Vaccination in Bombay 1902-1912 - 1902-1912
Year: 1902
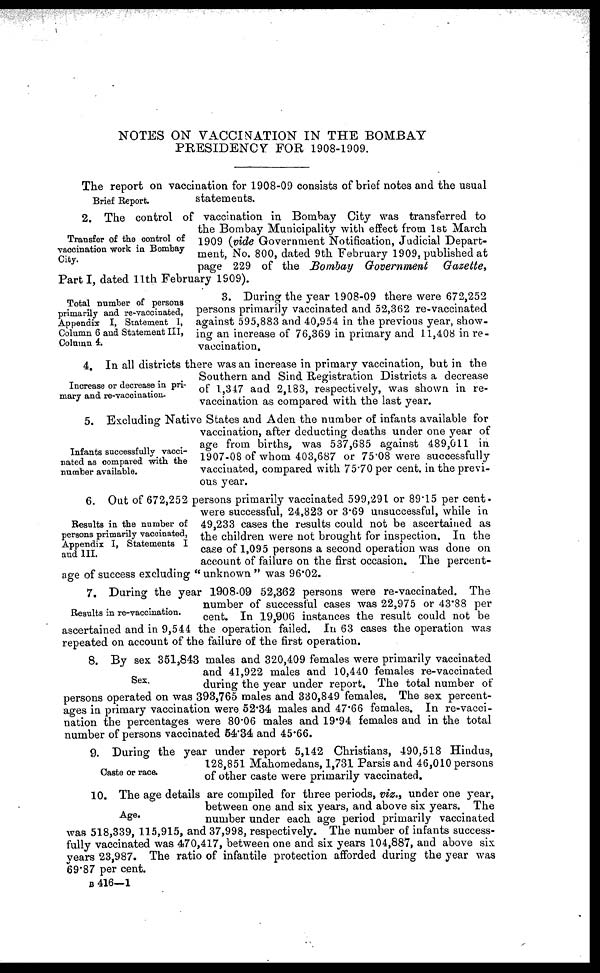
NOTES ON VACCINATION IN THE BOMBAY
PRESIDENCY FOR 1908-1909.
Brief Report.
The report on vaccination for 1908-09 consists of brief notes and the usual
statements.
Transfer of the control of
vaccination work in Bombay
City.
2. The control of vaccination in Bombay City was transferred to
the Bombay Municipality with effect from 1st March
1909 (vide Government Notification, Judicial Depart-
ment, No. 800, dated 9th February 1909, published at
page 229 of the Bombay Government
Gazette,
Part I, dated 11th February 1909).
Total number of persons
primarily and re-vaccinated,
Appendix I, Statement I,
Column 6 and Statement III,
Column 4.
3. During the year 1908-09 there were 672,252
persons primarily vaccinated and 52,362 re-vaccinated
against 595,883 and 40,954 in the previous year, show-
ing an increase of 76,369 in primary and 11,408 in re-
vaccination.
Increase or decrease in pri-
mary and re-vaccination.
4. In all districts there was an increase in primary vaccination, but in the
Southern and Sind Registration Districts a decrease
of 1,347 and 2,183, respectively, was shown in re-
vaccination as compared with the last year.
Infants successfully vacci-
nated as compared with the
number available.
5. Excluding Native States and Aden the number of infants available for
vaccination, after deducting deaths under one year of
age from births, was 537,685 against 489,011 in
1907-08 of whom 403,687 or 75.08 were successfully
vaccinated, compared with 75.70 per cent. in the previ-
ous year.
Results in the number of
persons primarily vaccinated,
Appendix I, Statements I
and III.
6. Out of 672,252 persons primarily vaccinated 599,291 or 89.15 per cent.
were successful, 24,823 or 3.69 unsuccessful, while in
49,233 cases the results could not be ascertained as
the children were not brought for inspection. In the
case of 1,095 persons a second operation was done on
account of failure on the first occasion. The percent-
age of success excluding " unknown " was 96.02.
Results in re-vaccination.
7. During the year 1908-09 52,362 persons were re-vaccinated. The
number of successful cases was 22,975 or 43.88 per
cent. In 19,906 instances the result could not be
ascertained and in 9,544 the operation failed. In 63 cases the operation was
repeated on account of the failure of the first operation.
Sex.
8. By sex 351,843 males and 320,409 females were primarily vaccinated
and 41,922 males and 10,440 females re-vaccinated
during the year under report. The total number of
persons operated on was 393,765 males and 330,849 females. The sex percent-
ages in primary vaccination were 52.34 males and 47.66 females. In re-vacci-
nation the percentages were 80.06 males and 19.94 females and in the total
number of persons vaccinated 54.34 and 45.66.
Caste or race.
9. During the year under report 5,142 Christians, 490,518 Hindus,
128,851 Mahomedans, 1,731 Parsis and 46,010 persons
of other caste were primarily vaccinated.
Age.
10. The age details are compiled for three periods, viz., under one year,
between one and six years, and above six years. The
number under each age period primarily vaccinated
was 518,339, 115,915, and 37,998, respectively. The number of infants success-
fully vaccinated was 470,417, between one and six years 104,887, and above six
years 23,987. The ratio of infantile protection afforded during the year was
69.87 per cent.
B 416—1